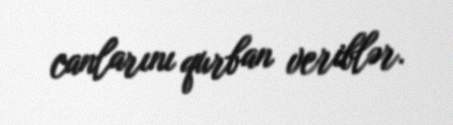
canlarını qurban veriblər.